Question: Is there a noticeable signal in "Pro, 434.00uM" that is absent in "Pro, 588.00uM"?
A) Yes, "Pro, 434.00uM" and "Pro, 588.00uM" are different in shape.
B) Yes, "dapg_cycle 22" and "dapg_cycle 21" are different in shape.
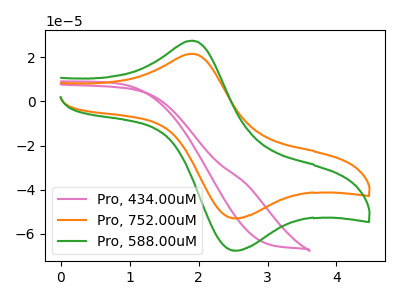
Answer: <think>The pink curve "Pro, 434.00uM" has no peaks. The orange curve "Pro, 752.00uM" has an anodic peak at (1.90V, 21.55uA) and a cathodic peak at (2.55V, -52.90uA). The green curve "Pro, 588.00uM" has an anodic peak at (1.90V, 27.50uA) and a cathodic peak at (2.55V, -67.50uA).
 "Pro, 434.00uM" and "Pro, 588.00uM" have a different number of peaks.</think>
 <answer>A) Yes, "Pro, 434.00uM" and "Pro, 588.00uM" are different in shape.</answer>
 <eval>A</eval>